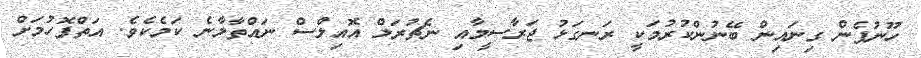
ހޫނުފެން ގިނައިން ބޭނުންކުރުމަކީ ރަނގަޅު ޖަރާސީމާއި ނެޗުރަލް އޮއިލްސް ނައްތާލާނެ ކަމެކެވެ. އަތްފޮހުމަށް